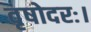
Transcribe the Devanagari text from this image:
वृषोदरः।